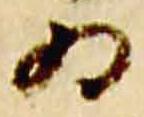
為